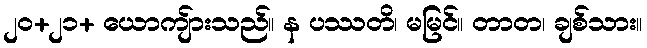
၂၀+၂၁+ ယောကျ်ားသည်။ န ပဿတိ၊ မမြင်။ တာတ၊ ချစ်သား။